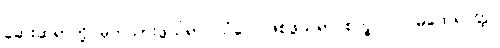
ဆေးဆရာတို့ မှတ်သားဖွယ်ရာ၊ သံဝေဂဖြစ်ဖွယ်ရာ စက္ခုပါလ မထေရ်ဝတ္ထု၊